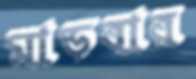
মাড়বার